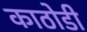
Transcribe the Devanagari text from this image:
काठोडी